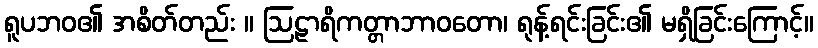
ရူပဘဝ၏ အစိတ်တည်း ။ ဩဠာရိကတ္တာဘာဝတော၊ ရုန့်ရင်းခြင်း၏ မရှိခြင်းကြောင့်။